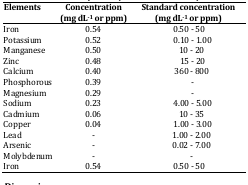
| Elements | Concentration (mg dL-1 or ppm) | Standard concentration (mg dL-1 or ppm) |
 | --- | --- | --- |
 | Iron | 0.54 | 0.50 - 50 |
 | Potassium | 0.52 | 0.10 - 1.00 |
 | Manganese | 0.50 | 10 - 20 |
 | Zinc | 0.48 | 15 - 20 |
 | Calcium | 0.40 | 360 - 800 |
 | Phosphorous | 0.39 | - |
 | Magnesium | 0.29 | - |
 | Sodium | 0.23 | 4.00 - 5.00 |
 | Cadmium | 0.06 | 10 - 35 |
 | Copper | 0.04 | 1.00 - 3.00 |
 | Lead | - | 1.00 - 2.00 |
 | Arsenic | - | 0.02 - 7.00 |
 | Molybdenum | - | - |
 | Iron | 0.54 | 0.50 - 50 |